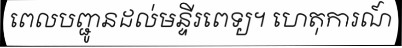
ពេលបញ្ជូនដល់មន្ទីរពេទ្យ។ ហេតុការណ៍